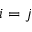
i = j